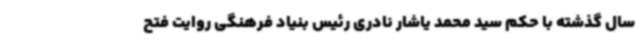
سال گذشته با حکم سید محمد یاشار نادری رئیس بنیاد فرهنگی روایت فتح